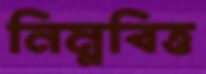
নিম্নবিত্ত